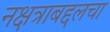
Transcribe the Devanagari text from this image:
नक्षत्राबद्दलचा